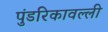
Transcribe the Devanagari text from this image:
पुंडरिकावल्ली